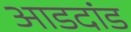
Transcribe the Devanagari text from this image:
आडदांड